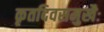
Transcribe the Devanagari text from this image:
कृतदिवसमुखैः